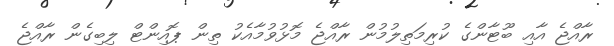
ރާއްޖެ އާއި ބޫޓާންގެ ކުރިމަތިލުމުން ރާއްޖެ މޮޅުވުމާއެކު ތިން ޕޮއިންޓް ލިބިގެން ރާއްޖެ